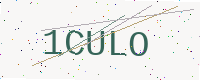
Text: 1CULO